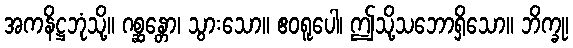
အကနိဋ္ဌဘုံသို့။ ဂစ္ဆန္တော၊ သွားသော။ ဧဝရူပေါ၊ ဤသို့သဘောရှိသော။ ဘိက္ခု၊